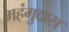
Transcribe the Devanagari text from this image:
महंगुदास